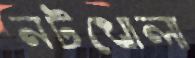
নটখোলা